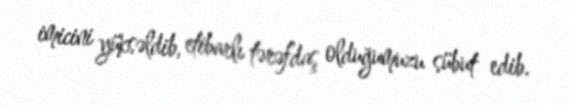
imicini yüksəldib, etibarlı tərəfdaş olduğumuzu sübut edib.